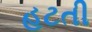
હટતી